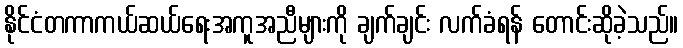
နိုင်ငံတကာကယ်ဆယ်ရေးအကူအညီများကို ချက်ချင်း လက်ခံရန် တောင်းဆိုခဲ့သည်။